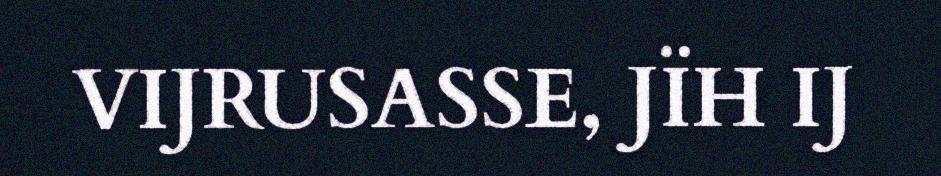
VIJRUSASSE, JÏH IJ